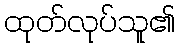
ထုတ်လုပ်သူ၏